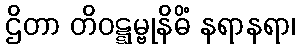
ဌိတာ တိဝဋ္ဋမ္ဗုနိဓိံ နရာနရာ၊